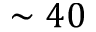
\sim 4 0